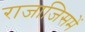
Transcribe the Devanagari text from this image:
राजाजिसमें